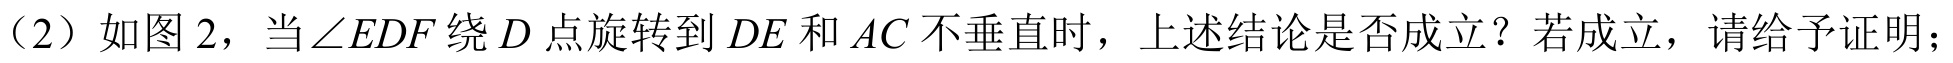
（2）如图 2，当$\angle EDF$绕$D$点旋转到$DE$和$AC$不垂直时，上述结论是否成立？若成立，请给予证明；